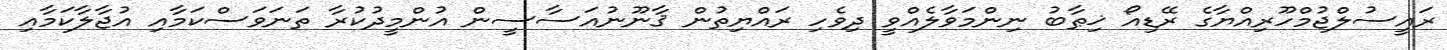
ރައީސުލްޖުމްހޫރިއްޔާގެ ރޭޑިއޯ ޚިޠާބު ނިންމަވާލެއްވީ ދިވެހި ރައްޔިތުން ޤާނޫނުއަސާސީން އުންމީދުކުރާ ތަނަވަސްކަމާއި އުޖާލާކަމާއި